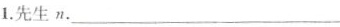
1.先生n.___